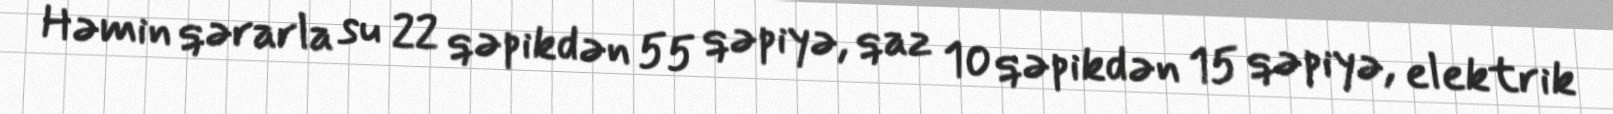
Həmin qərarla su 22 qəpikdən 55 qəpiyə, qaz 10 qəpikdən 15 qəpiyə, elektrik